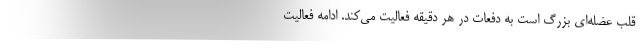
قلب عضله‌ای بزرگ است به دفعات در هر دقیقه فعالیت می‌کند. ادامه فعالیت